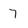
Character: 7